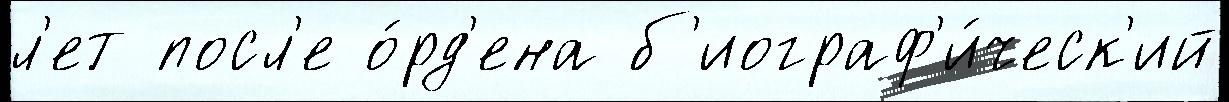
л'ет посл'е о́рд'ена б'иограф'и́ческ'ий